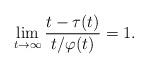
LaTeX: \begin{align*} \lim_{t\to\infty} \frac{t-\tau(t)}{t/\varphi(t)}=1.\end{align*}